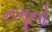
નમૂનો